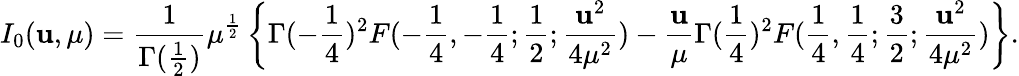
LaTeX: I_{0}(\mathbf{u},\mu)={\frac{{1}}{{\Gamma({\frac{{1}}{{2}}})}}}\mu^{{\frac{{1}}{{2}}}}\left\{ \Gamma(-{\frac{{1}}{{4}}})^{2}F(-{\frac{{1}}{{4}}},-{\frac{{1}}{{4}}};{\frac{{1}}{{2}}};{\frac{{\mathbf{u}^{2}}}{{4\mu^{2}}}})-{\frac{{\mathbf{u}}}{{\mu}}}\Gamma({\frac{{1}}{{4}}})^{2}F({\frac{{1}}{{4}}},{\frac{{1}}{{4}}};{\frac{{3}}{{2}}};{\frac{{\mathbf{u}^{2}}}{{4\mu^{2}}}})\right\} .